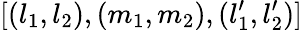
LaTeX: [(l_{1},l_{2}),(m_{1},m_{2}),(l_{1}^{\prime},l_{2}^{\prime})]